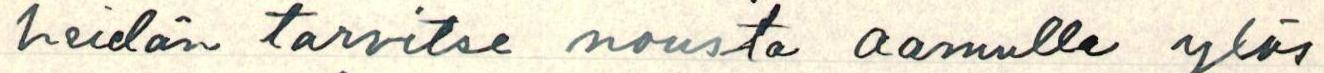
heidän tarvitse nousta aamulla ylös